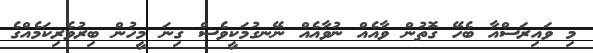
މި ވައިރަސްއާ ބެހޭ ގޮތުން ވާއެއް ނުވާއެއް ނޭނގުމަކީވެސް ގިނަ މީހުން ބިރުވެރިކަމެއްގެ